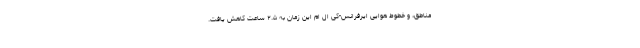
مناطق، و خطوط هوایی ایرفرانس-کی ال ام این زمان به ۲.۵ ساعت کاهش یافت.